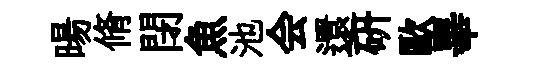
暘脩閉魚池会還研歐畢